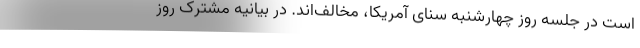
است در جلسه روز چهارشنبه سنای آمریکا، مخالف‌اند. در بیانیه مشترک روز